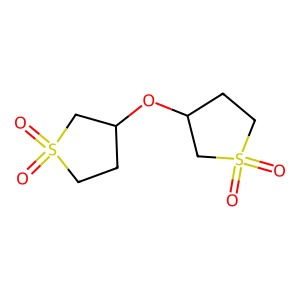
SMILES: O=S1(=O)CCC(OC2CCS(=O)(=O)C2)C1
Inhibits HIV replication: No